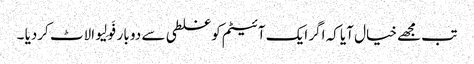
تب مجھے خیال آیا کہ اگر ایک آئیٹم کو غلطی سے دو بار فَولِیو الاٹ کردیا ۔